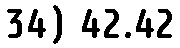
34) 42.42